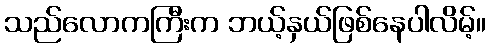
သည်လောကကြီးက ဘယ့်နှယ်ဖြစ်နေပါလိမ့်။